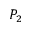
P _ { 2 }